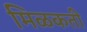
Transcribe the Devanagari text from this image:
मिळकती